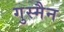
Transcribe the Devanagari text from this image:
गुस्मैन